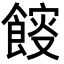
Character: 𩜯